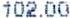
102.00